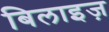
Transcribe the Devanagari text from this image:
बिलाइज़